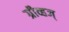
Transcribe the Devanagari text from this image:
ग्रीव्हज्